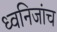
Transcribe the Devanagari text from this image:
ध्वनिजांच